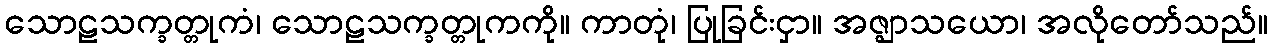
သောဠသက္ခတ္တုကံ၊ သောဠသက္ခတ္တုကကို။ ကာတုံ၊ ပြုခြင်းငှာ။ အဇ္ဈာသယော၊ အလိုတော်သည်။